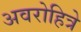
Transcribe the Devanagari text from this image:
अवरोहित्रे